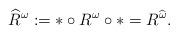
LaTeX: \begin{align*}\widehat{R}^{\omega}:=\ast \circ R^{\omega} \circ \ast=R^{\widehat{\omega}}.\end{align*}